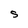
Character: S